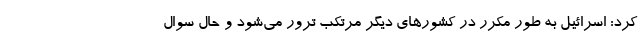
کرد: اسرائیل به طور مکرر در کشورهای دیگر مرتکب ترور می‌شود و حال سوال